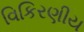
વિકિરણીય